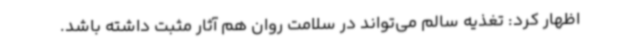
اظهار کرد: تغذیه سالم می‌تواند در سلامت روان هم آثار مثبت داشته باشد.